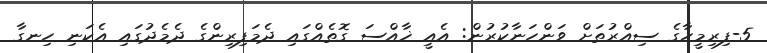
5-ފިރިމީހާގެ ސިއްރުތަށް ވަންހަނާކުރުން: އެއީ ޚާއްސަ ގޮތެއްގައި ދެމަފިރިންގެ ދެމެދުގައި އެކަނި ހިނގާ